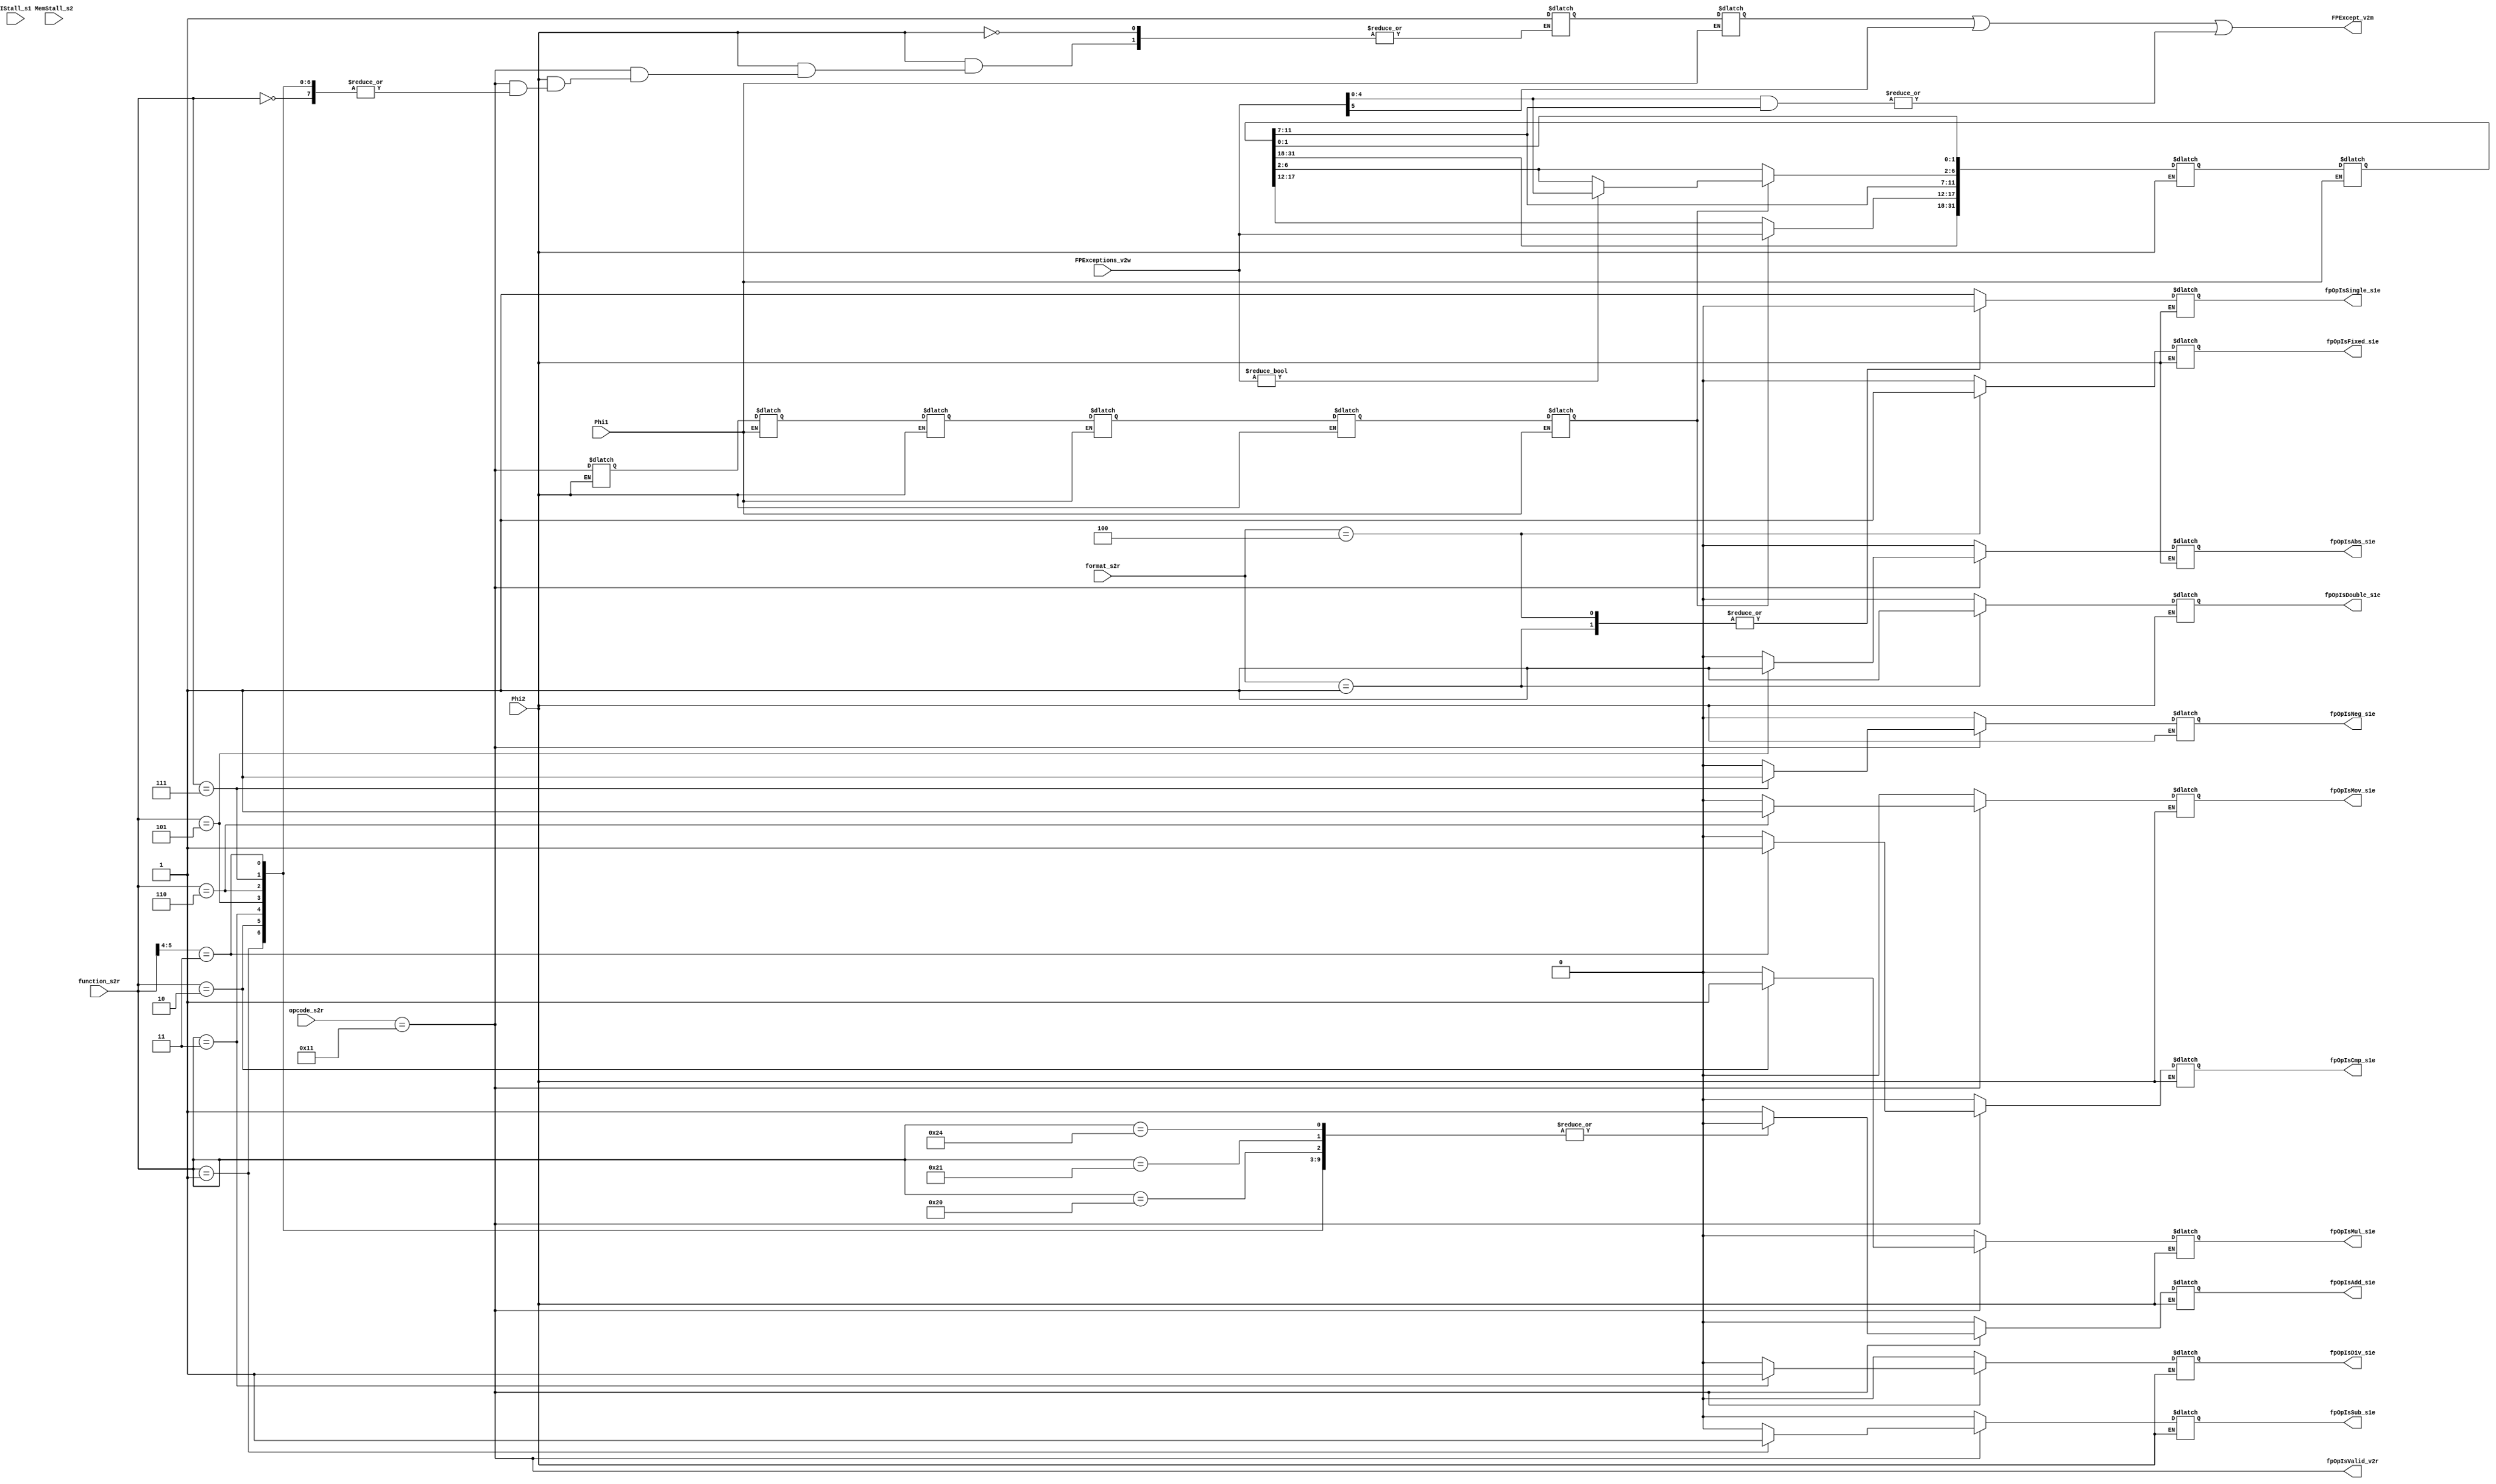
//
//  Title: 	Floating Point Control Unit
//		<ricardog@bill>
//
//
//  FPCtrl.v,v Version 1.5 Last Edit 1995/01/28 00:46:01
//
//  TORCH Research Group.
//  Stanford University.
//	1992.
//
//	Description: This units currently decodes the instructions and 
//  	    generates control signals for the datapath. In the future it
//  	    will also deal with exceptions and stalls.
//
//	Hierarchy: system.processor.FPUnit.FPCtrl
//

//
// Macro definitions
//
`define	OPCODE	    31:26		  // Bits where the opcode sits
`define COP1	    6'h11		  // Opcode for FP instructions

`define	FP_FUNC	    5:0			  // Bits where the function type is
`define	FP_ADD	    6'h0		  
`define FP_SUB	    6'h1
`define FP_MUL	    6'h2
`define FP_DIV	    6'h3
`define FP_ABS	    6'h5
`define FP_MOV	    6'h6
`define FP_NEG	    6'h7
`define FP_CVT_S    6'h20		  // Convert to single
`define	FP_CVT_D    6'h21		  // Convert to double
`define	FP_CVT_W    6'h24		  // Convert to fixed point
`define	FP_CMP	    6'b11xxxx		  // Bottom four bits specify cmp type

`define	FP_FORMAT   24:21		  // Bits that specify the format
`define FP_SINGLE   4'h0
`define	FP_DOUBLE   4'h1
`define	FP_FIXED    4'h4



module FPCtrl(
    	Phi1,
    	Phi2,
    	IStall_s1,
    	MemStall_s2,
    	opcode_s2r,
    	function_s2r,
    	format_s2r,
    	FPExceptions_v2w,
    	fpOpIsValid_v2r,
    	fpOpIsAdd_s1e,
    	fpOpIsSub_s1e,
    	fpOpIsMul_s1e,
    	fpOpIsDiv_s1e,
    	fpOpIsAbs_s1e,
    	fpOpIsMov_s1e,
    	fpOpIsNeg_s1e,
    	fpOpIsCmp_s1e,
    	fpOpIsSingle_s1e,
    	fpOpIsDouble_s1e,
    	fpOpIsFixed_s1e,
    	FPExcept_v2m
    	);

//
// Inputs
//
input	    	Phi1;
input	    	Phi2;
input	    	IStall_s1;
input	    	MemStall_s2;
input [5:0]	opcode_s2r;		  // Opcode field from A-side instr
input [5:0] 	function_s2r;		  // Function field. These fields are
input [3:0] 	format_s2r;		  // picked-out FPUnit. Format field.
input [5:0] 	FPExceptions_v2w;	  // Exception flags from datapath

//
// Outputs
//
output	    	fpOpIsValid_v2r;
output	    	fpOpIsAdd_s1e;
output	    	fpOpIsSub_s1e;
output	    	fpOpIsMul_s1e;
output 	    	fpOpIsDiv_s1e;
output 	    	fpOpIsAbs_s1e;
output 	    	fpOpIsMov_s1e;
output 	    	fpOpIsNeg_s1e;
output 	    	fpOpIsCmp_s1e;
output 	    	fpOpIsSingle_s1e;
output 	    	fpOpIsDouble_s1e;
output 	    	fpOpIsFixed_s1e;
output	    	FPExcept_v2m;

//
// Register declarations
//
reg 	    	fpOpIsAdd_s1e;
reg 	    	fpOpIsSub_s1e;
reg 	    	fpOpIsMul_s1e;
reg 	    	fpOpIsDiv_s1e;
reg 	    	fpOpIsAbs_s1e;
reg 	    	fpOpIsMov_s1e;
reg 	    	fpOpIsNeg_s1e;
reg 	    	fpOpIsCmp_s1e;

reg 	    	fpOpIsSingle_s1e;
reg 	    	fpOpIsDouble_s1e;
reg 	    	fpOpIsFixed_s1e;

reg 	    	fpOpIsUnim_s1e;
reg 	    	fpOpIsUnim_s2e;
reg 	    	fpOpIsUnim_s1m;
reg 	    	fpOpIsUnim_s2m;

reg 	    	fpOpIsValid_s1e;
reg 	    	fpOpIsValid_s2e;
reg 	    	fpOpIsValid_s1m;
reg 	    	fpOpIsValid_s2m;
reg 	    	fpOpIsValid_s1w;
reg 	    	fpOpIsValid_s2w;



//
// Control and Status Register (CSR)
//
reg [31:0]  	fpCSR_s2m, fpCSR_s1w;

//
// Temporary assignment statement
//
assign #1 FPExcept_v2m = fpOpIsUnim_s2e | FPExceptions_v2w[5] | 
    	(|(FPExceptions_v2w[4:0] & fpCSR_s2m[11:7]));

//
// This signal goes to the register file. No nead to latch it here.
//
assign #1 fpOpIsValid_v2r = (opcode_s2r == `COP1);

//
// Initial bloack
//
initial begin
    fpCSR_s2m = 0; 
    fpCSR_s1w = 0;
end

//
// Decode the instruction and latch control signals
//
always @(Phi2 or opcode_s2r or function_s2r or format_s2r) begin
    if (Phi2 == 1'b1) begin
	fpOpIsAdd_s1e = 1'b0; fpOpIsSub_s1e = 0; fpOpIsMul_s1e = 1'b0;
	fpOpIsDiv_s1e = 1'b0; fpOpIsAbs_s1e = 0; fpOpIsMov_s1e = 1'b0;
	fpOpIsNeg_s1e = 1'b0; fpOpIsCmp_s1e = 0;
    	if (opcode_s2r == `COP1)
	    casex (function_s2r)    	  // synopsys full_case parallel_case
	    	`FP_ADD: fpOpIsAdd_s1e = 1'b1;
    	    	`FP_SUB: fpOpIsSub_s1e = 1'b1;
    	    	`FP_MUL: fpOpIsMul_s1e = 1'b1;
    	    	`FP_DIV: fpOpIsDiv_s1e = 1'b1;
    	    	`FP_ABS: fpOpIsAbs_s1e = 1'b1;
    	    	`FP_MOV: fpOpIsMov_s1e = 1'b1;
    	    	`FP_NEG: fpOpIsNeg_s1e = 1'b1;
    	    	`FP_CVT_S: fpOpIsUnim_s1e = 1'b1;
    	    	`FP_CVT_D: fpOpIsUnim_s1e = 1'b1;
    	    	`FP_CVT_W: fpOpIsUnim_s1e = 1'b1;
    	    	`FP_CMP: fpOpIsCmp_s1e = 1'b1;
    	    	default: begin
    	    	    fpOpIsAdd_s1e = 1'bx;
    	    	    fpOpIsSub_s1e = 1'bx;
    	    	    fpOpIsMul_s1e = 1'bx;
    	    	    fpOpIsDiv_s1e = 1'bx;
    	    	    fpOpIsAbs_s1e = 1'bx;
    	    	    fpOpIsMov_s1e = 1'bx;
    	    	    fpOpIsNeg_s1e = 1'bx;
    	    	    fpOpIsCmp_s1e = 1'bx;
    	    	    fpOpIsUnim_s1e = 1'b1;
    	    	end
	    endcase
    	else
	    fpOpIsUnim_s1e = 1'b1;

//
// Always decode the format type
//
    	case (format_s2r)	         // synopsys full_case parallel_case
    	    `FP_SINGLE: begin
    	    	fpOpIsSingle_s1e = 1'b1;
    	    	fpOpIsDouble_s1e = 1'b0;
    	    	fpOpIsFixed_s1e = 1'b0;
    	    end
    	    `FP_DOUBLE: begin
    	    	fpOpIsSingle_s1e = 1'b0;
    	    	fpOpIsDouble_s1e = 1'b1;
    	    	fpOpIsFixed_s1e = 1'b0;
    	    end
   	    `FP_FIXED: begin
    	    	fpOpIsSingle_s1e = 1'b0;
    	    	fpOpIsDouble_s1e = 1'b0;
    	    	fpOpIsFixed_s1e = 1'b1;
    	    end
    	    default: begin
    	    	fpOpIsSingle_s1e = 1'bx;
    	    	fpOpIsDouble_s1e = 1'bx;
    	    	fpOpIsFixed_s1e = 1'bx;
    	    end
    	endcase
    end					  // Of Phi2 latches
end

always @(Phi2 or FPExceptions_v2w or fpCSR_s2m) begin
    if (Phi2) begin
    	#10 
    	fpCSR_s1w = fpCSR_s2m;
    	if (fpOpIsValid_s2w) begin
	    fpCSR_s1w[17:12] = FPExceptions_v2w[5:0];
    	    if (FPExceptions_v2w) begin
	    	fpCSR_s1w[6:2] = FPExceptions_v2w[4:0];
	    end
	end
    end
end

always @(Phi1 or fpCSR_s1w) begin
    if (Phi1) begin
    	fpCSR_s2m = fpCSR_s1w;
    end
end

always @(Phi1 or fpOpIsUnim_s1e or fpOpIsUnim_s1m or fpOpIsValid_s1e or
    fpOpIsValid_s1m or fpOpIsValid_s1w) begin
    if (Phi1 == 1'b1) begin
    	#10
    	fpOpIsUnim_s2e = fpOpIsUnim_s1e;
    	fpOpIsUnim_s2m = fpOpIsUnim_s1m;
    	fpOpIsValid_s2e = fpOpIsValid_s1e;
    	fpOpIsValid_s2m = fpOpIsValid_s1m;
    	fpOpIsValid_s2w = fpOpIsValid_s1w;
    end
end
always @(Phi2 or fpOpIsUnim_s2e or fpOpIsValid_v2r or fpOpIsValid_s2e or
    fpOpIsValid_s2m) begin

    if (Phi2 == 1'b1) begin
    	#10
    	fpOpIsUnim_s1m = fpOpIsUnim_s2e;
    	fpOpIsValid_s1e = fpOpIsValid_v2r;
    	fpOpIsValid_s1m = fpOpIsValid_s2e;
    	fpOpIsValid_s1w = fpOpIsValid_s2m;
    end
end

endmodule